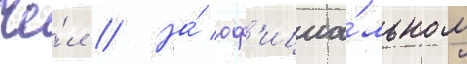
Че́л // На́ оф'ициа́льном